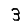
Digit: 3